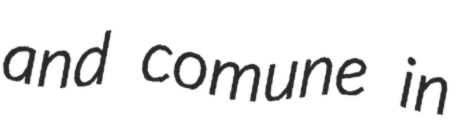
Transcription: and comune in